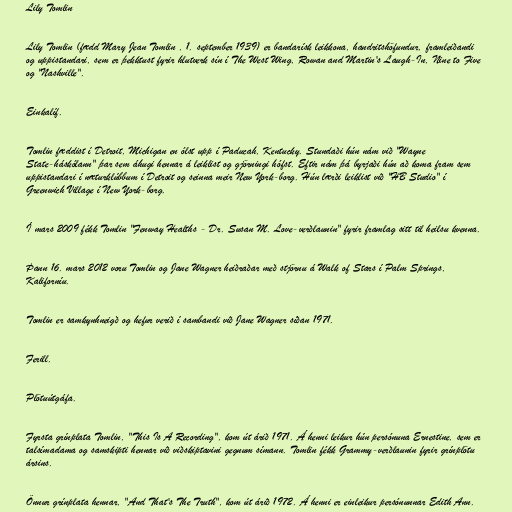
Lily Tomlin

Lily Tomlin (fædd Mary Jean Tomlin , 1. september 1939) er bandarísk leikkona, handritshöfundur, framleiðandi
og uppistandari, sem er þekktust fyrir hlutverk sín í The West Wing, Rowan and Martin's Laugh-In, Nine to Five
og "Nashville".

Einkalíf.

Tomlin fæddist í Detroit, Michigan en ólst upp í Paducah, Kentucky. Stundaði hún nám við "Wayne
State-háskólann" þar sem áhugi hennar á leiklist og gjörningi hófst. Eftir nám þá byrjaði hún að koma fram sem
uppistandari í næturklúbbum í Detroit og seinna meir New York-borg. Hún lærði leiklist við "HB Studio" í
Greenwich Village í New York-borg.

Í mars 2009 fékk Tomlin "Fenway Healths - Dr. Susan M. Love-verðlaunin" fyrir framlag sitt til heilsu kvenna.

Þann 16. mars 2012 voru Tomlin og Jane Wagner heiðraðar með stjörnu á Walk of Stars í Palm Springs,
Kaliforníu.

Tomlin er samkynhneigð og hefur verið í sambandi við Jane Wagner síðan 1971.

Ferill.

Plötuútgáfa.

Fyrsta grínplata Tomlin, "This Is A Recording", kom út árið 1971. Á henni leikur hún persónuna Ernestine, sem er
talsímadama og samskipti hennar við viðskiptavini gegnum símann. Tomlin fékk Grammy-verðlaunin fyrir grínplötu
ársins.

Önnur grínplata hennar, "And That's The Truth", kom út árið 1972. Á henni er einleikur persónunnar Edith Ann.